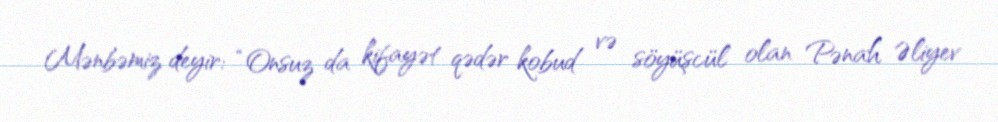
Mənbəmiz deyir: “Onsuz da kifayət qədər kobud və söyüşcül olan Pənah Əliyev